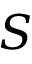
S